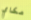
مكاي